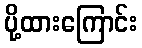
ပို့ထားကြောင်း